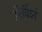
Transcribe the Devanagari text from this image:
निर्विघ्नं